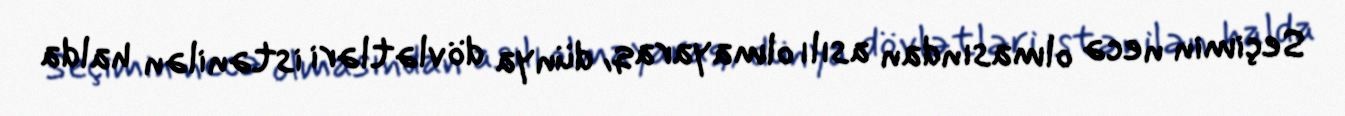
Seçimin necə olmasından asılı olmayaraq, dünya dövlətləri istənilən halda